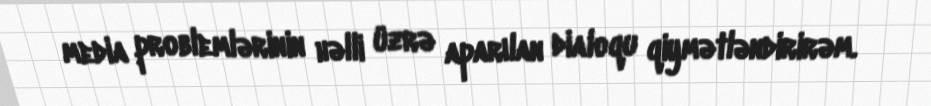
media problemlərinin həlli üzrə aparılan dialoqu qiymətləndirirəm.